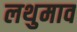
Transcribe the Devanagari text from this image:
लथुमाव